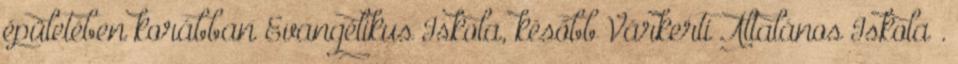
épületében korábban Evangélikus Iskola, később Várkerti Általános Iskola .